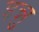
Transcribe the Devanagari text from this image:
इन्नु